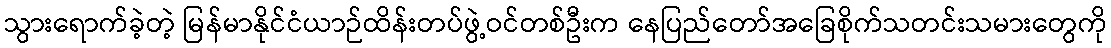
သွားရောက်ခဲ့တဲ့ မြန်မာနိုင်ငံယာဉ်ထိန်းတပ်ဖွဲ့ဝင်တစ်ဦးက နေပြည်တော်အခြေစိုက်သတင်းသမားတွေကို